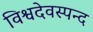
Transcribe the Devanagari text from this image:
विश्वदेवस्पन्द